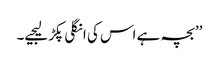
’’بچہ ہے اس کی انگلی پکڑ لیجیے۔